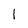
Character: l